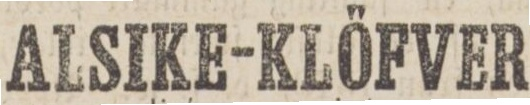
ALSIKE-KLÖFVER